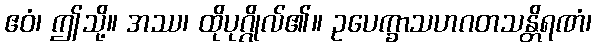
ဧဝံ၊ ဤသို့။ အဿ၊ ထိုပုဂ္ဂိုလ်၏။ ဥပေက္ခာသဟဂတသန္တိရဏံ၊